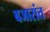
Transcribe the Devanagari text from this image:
बजारांत